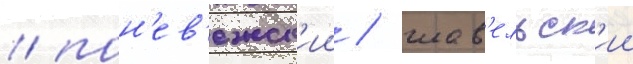
/ пон'ев'ежск'ии / шав'ельск'ии